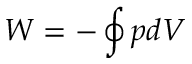
W = - \oint p d V